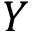
Y